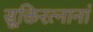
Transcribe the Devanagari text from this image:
सूक्तिरत्नानां